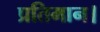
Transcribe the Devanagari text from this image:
प्रतिमान।